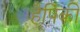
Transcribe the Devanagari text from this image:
हैपिंकी